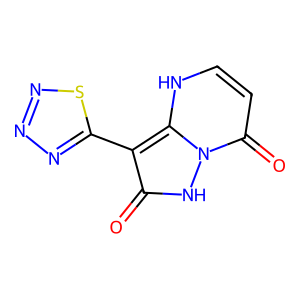
SMILES: O=c1[nH]n2c(=O)cc[nH]c2c1-c1nnns1
Inhibits HIV replication: No